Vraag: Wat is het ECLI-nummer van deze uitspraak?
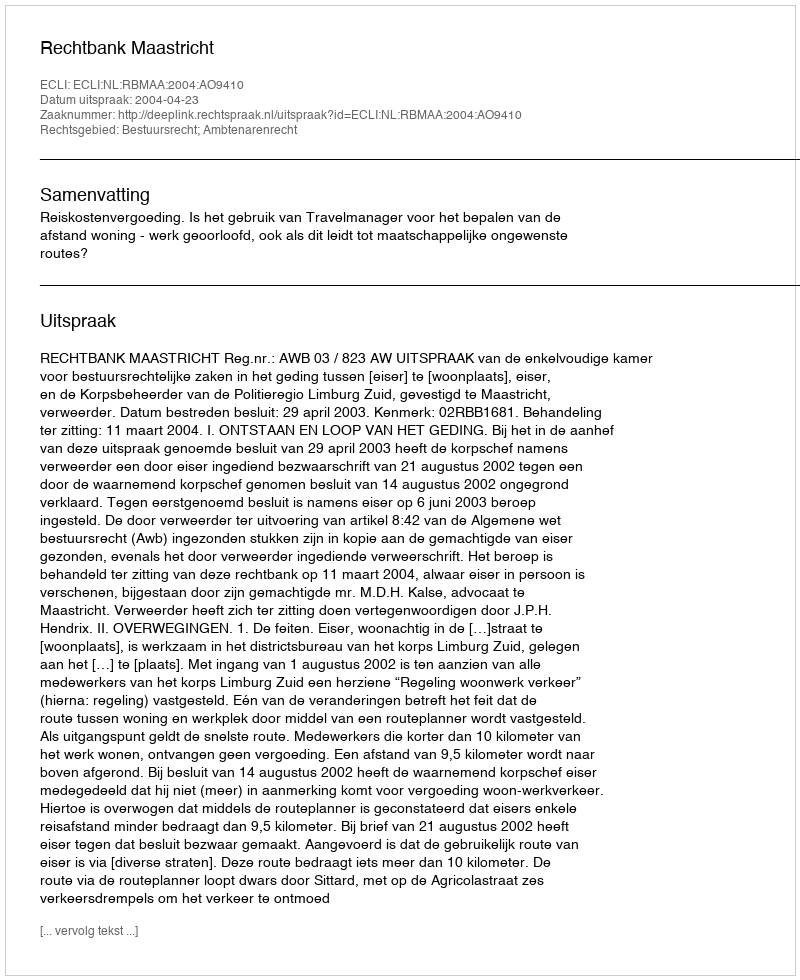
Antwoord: ECLI:NL:RBMAA:2004:AO9410